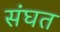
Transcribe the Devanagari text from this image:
संघत